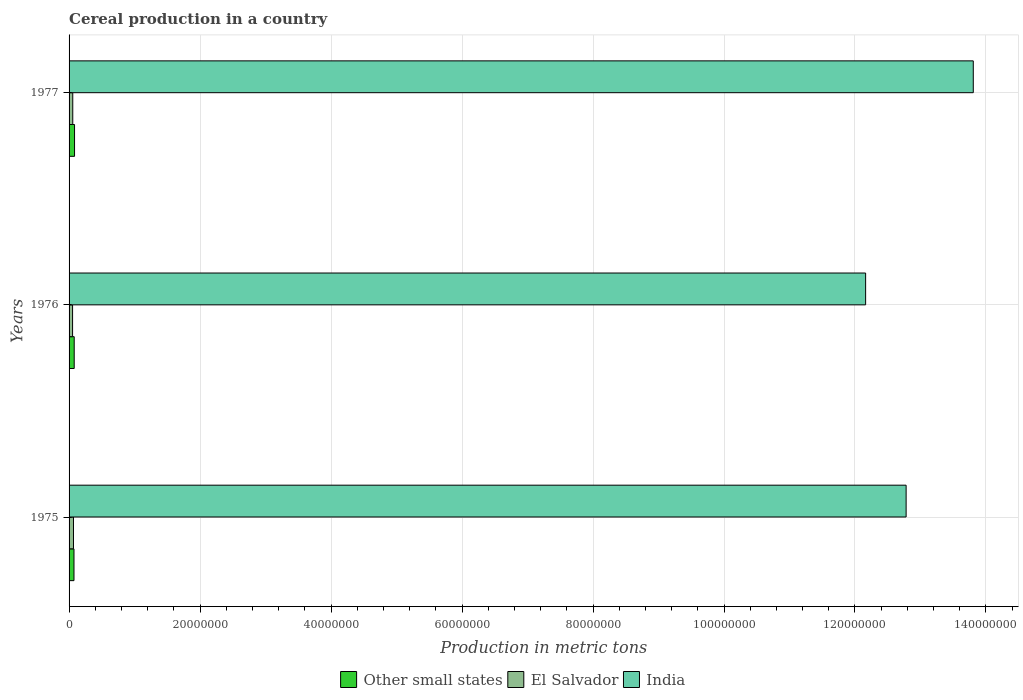
| Years | Other small states | El Salvador | India |
 | --- | --- | --- | --- |
 | 1975 | 7.5e+05 | 6.75e+05 | 1.28e+08 |
 | 1976 | 7.85e+05 | 5.34e+05 | 1.22e+08 |
 | 1977 | 8.36e+05 | 5.64e+05 | 1.38e+08 |